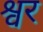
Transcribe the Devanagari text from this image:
श्वर